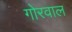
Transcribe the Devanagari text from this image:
गोरवाल